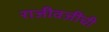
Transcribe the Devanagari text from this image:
राजीवजींची